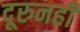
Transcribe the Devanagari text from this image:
दूरुनही